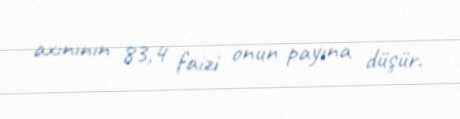
axınının 83,4 faizi onun payına düşür.